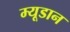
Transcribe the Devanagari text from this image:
म्यूडान